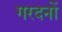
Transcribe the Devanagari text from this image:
गरदनों